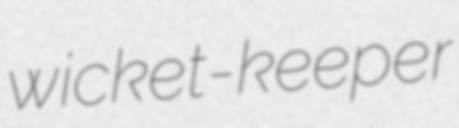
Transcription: wicket-keeper